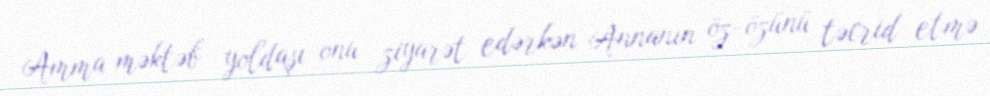
Amma məktəb yoldaşı onu ziyarət edərkən Annanın öz-özünü təcrid etmə